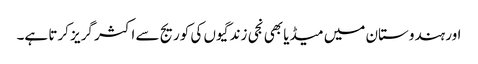
اور ہندوستان میں میڈیا بھی نجی زندگیوں کی کوریج سے اکثر گریز کرتا ہے۔